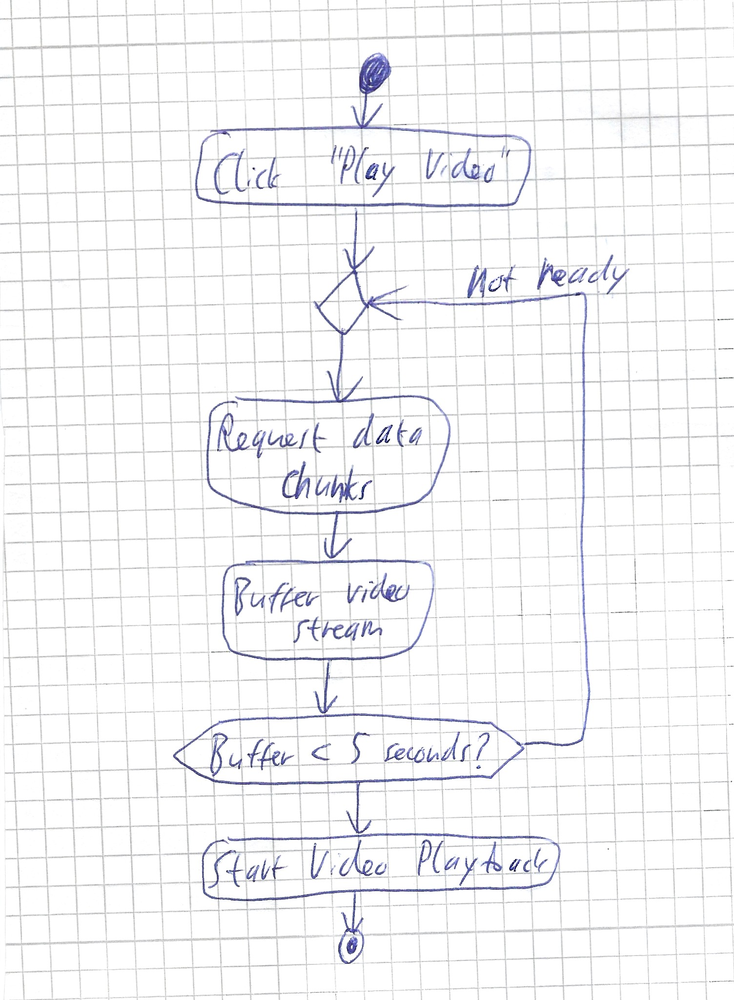
Diagram type: activity_diagram
```plantuml
@startuml

start
:Click "Play Video";
repeat
  :Request data chunks;
  :Buffer video stream;
repeat while (Buffer < 5 seconds?) is (not ready)
:Start Video Playback;
stop

@enduml
```